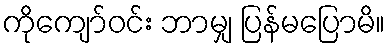
ကိုကျော်ဝင်း ဘာမျှ ပြန်မပြောမိ။